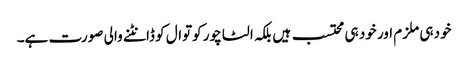
خود ہی ملزم اور خود ہی محتسب ہیں بلکہ الٹا چور کوتوال کو ڈانٹنے والی صورت ہے۔